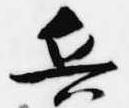
兵